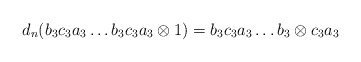
\begin{align*}d_n(b_3c_3a_3 \dots b_3c_3a_3 \otimes 1) = b_3c_3a_3 \dots b_3 \otimes c_3a_3\end{align*}